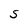
Character: S